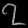
Digit: ၇